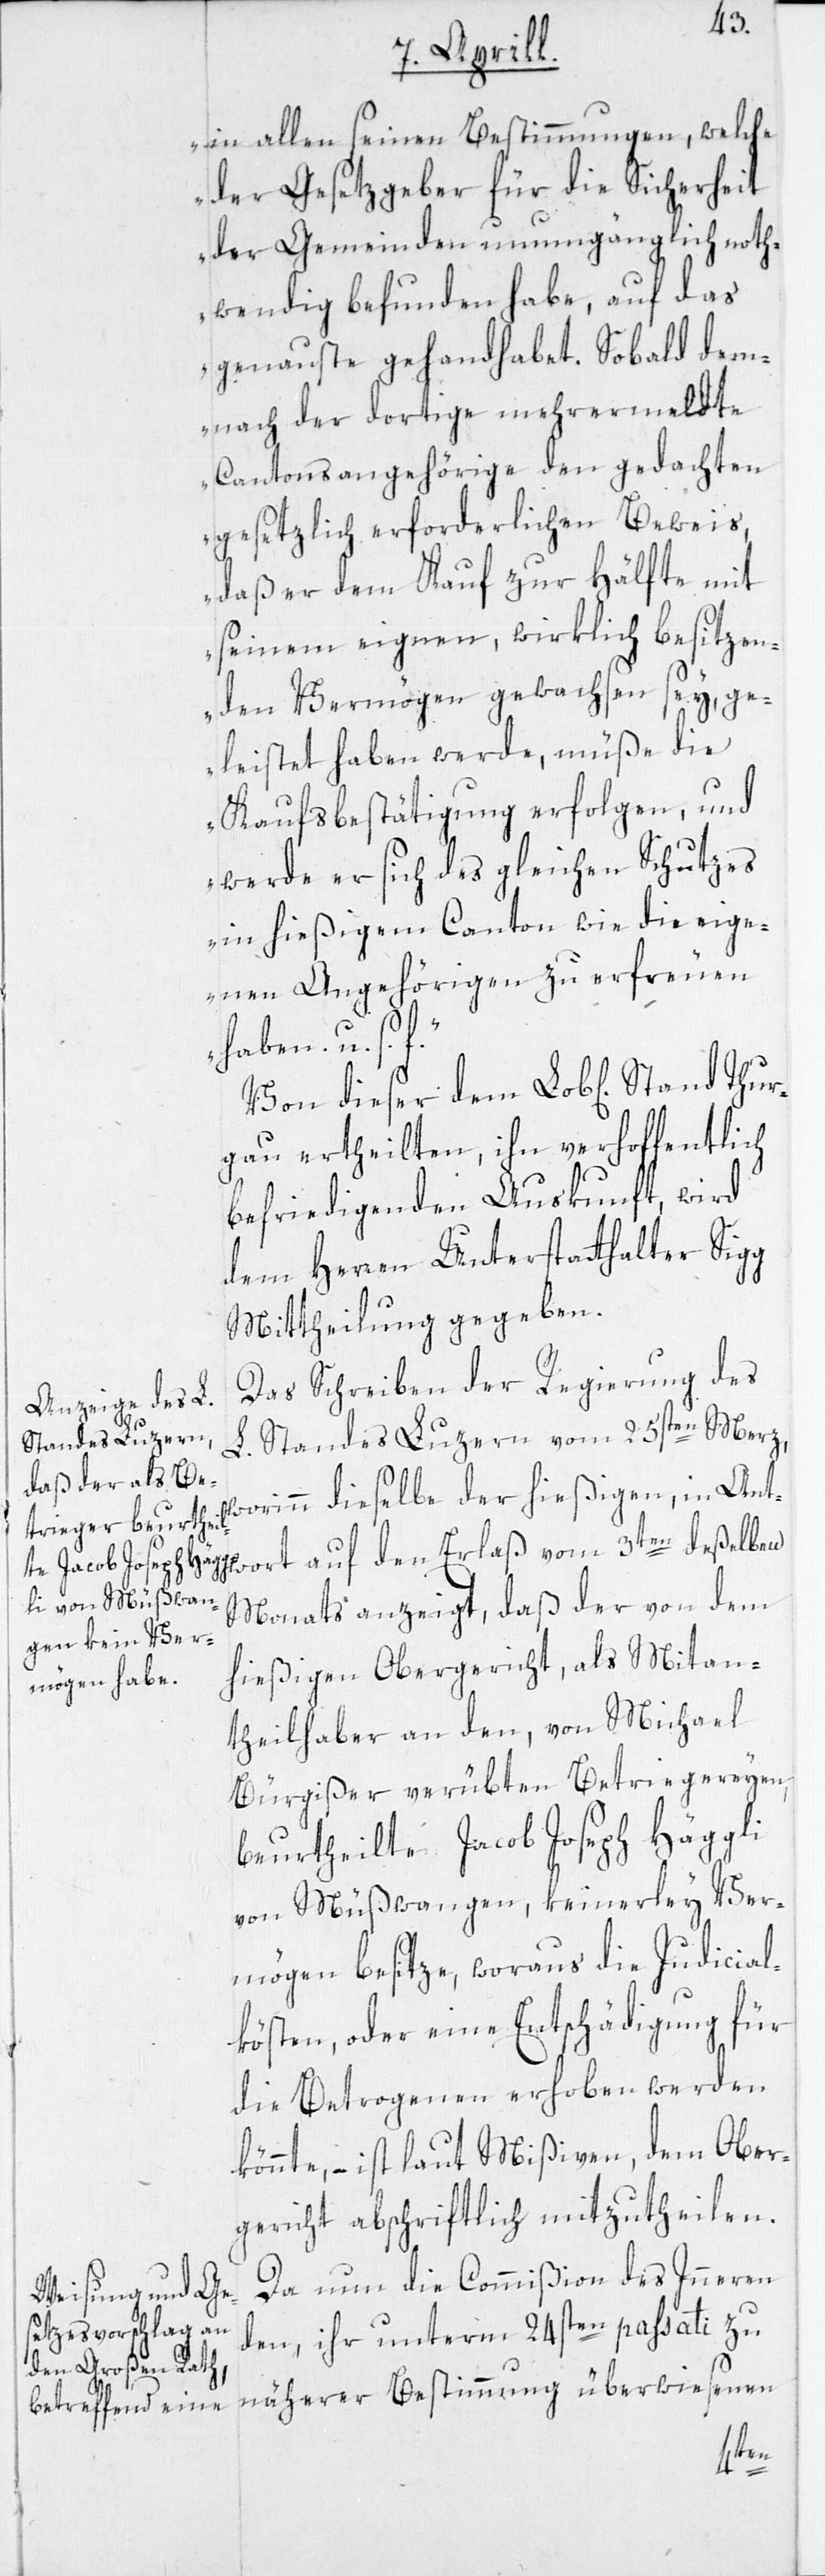
wort
in allen seinen Bestimmungen, welche
der Gesetzgeber für die Sicherheit
der Gemeinden unumgänglich noth¬
wendig befunden habe, auf das
genauste gehandhabet. Sobald dem¬
nach der dortige mehrermeldte
Cantonsangehörige den gedachten
gesetzlich erforderlichen Beweis,
daß er dem Kauf zur Hälfte mit
seinem eignen, wirklich besitzen¬
den Vermögen gewachsen sey, ge¬
leistet haben werde, müße die
Kaufsbestätigung erfolgen, und
werde er sich des gleichen Schutzes
in hießigem Canton wie die eige¬
nen Angehörigen zu erfreuen
haben. u. s.
Von dieser dem Lob[l ichen] Stand
gau ertheilten, ihn verhoffentlich
befriedigenden Auskunft, wird
dem Herren Unterstatthalter Sigg
Mittheilung gegeben.
Das Schreiben der Regierung des
L. Standes Luzern vom 25sten Merz,
worinn dieselbe der hießigen, in Ant¬
Monats anzeigt, daß der von dem
hießigen Obergericht, als Mitan¬
theilhaber an den, von Michael
Bürgißer verübten Betriegereyen,
beurtheilte Jacob Joseph Häggli
von Müßwangen, keinerley Ver¬
mögen besitze, woraus die Judicial¬
kösten, oder eine Entschädigung für
die Betrogenen erhoben werden
könnte, – ist laut Mißiven, dem Ober¬
gericht abschriftlich mitzutheilen.
Da nun die Commißion des Inneren
den, ihr unterm 24sten passati zu
näherer Bestimmung überwiesenen
3ten